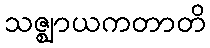
သဇ္ဈာယကတာတိ